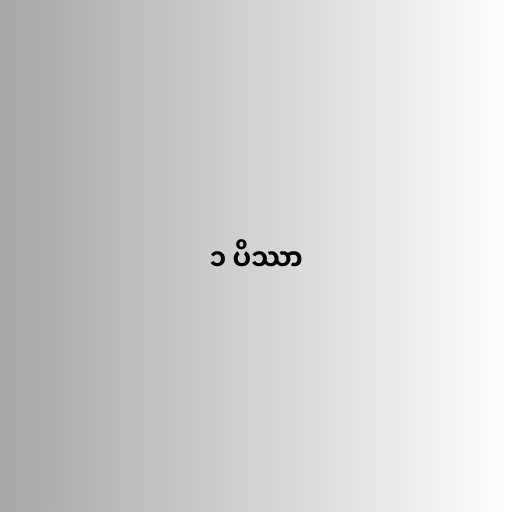
၁ ပိဿာ